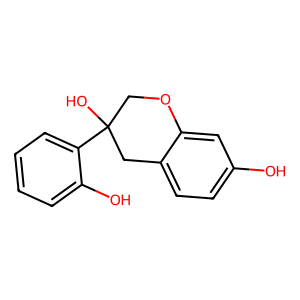
SMILES: Oc1ccc2c(c1)OCC(O)(c1ccccc1O)C2
Inhibits HIV replication: No